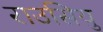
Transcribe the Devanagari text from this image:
राउसियु